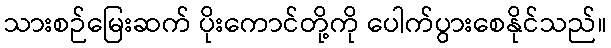
သားစဉ်မြေးဆက် ပိုးကောင်တို့ကို ပေါက်ပွားစေနိုင်သည်။